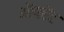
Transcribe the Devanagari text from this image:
औपरेंट